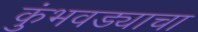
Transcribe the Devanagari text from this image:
कुंभवड्याचा